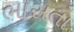
ભાસતા